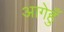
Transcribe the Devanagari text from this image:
आगेहुँ